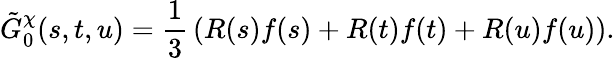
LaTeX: \tilde{G}_{0}^{\chi}(s,t,u)={\frac{1}{3}}\left(R(s)f(s)+R(t)f(t)+R(u)f(u)\right).